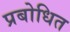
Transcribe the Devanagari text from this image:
प्रबोधित